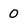
Character: 0